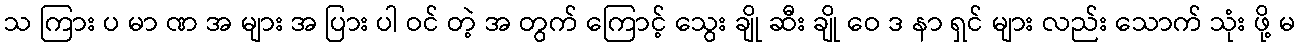
သ ကြား ပ မာ ဏ အ များ အ ပြား ပါ ဝင် တဲ့ အ တွက် ကြောင့် သွေး ချို ဆီး ချို ဝေ ဒ နာ ရှင် များ လည်း သောက် သုံး ဖို့ မ